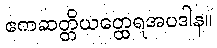
ဧကဆတ္တိယတ္ထေရအပဒါန။